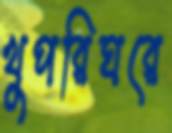
খুপরিঘরে